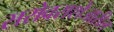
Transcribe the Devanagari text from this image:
सरोवराशेजारील